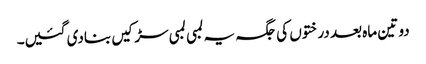
دو تین ماہ بعد درختوں کی جگہ یہ لمبی لمبی سڑکیں بنادی گئیں۔